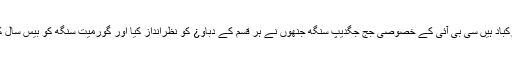
لیکن قابل مبارکباد ہیں سی بی آئی کے خصوصی جج جگدیپ سنگھ جنھوں نے ہر قسم کے دباو¿ کو نظرانداز کیا اور گورمیت سنگھ کو بیس سال کی سزا سنائی۔